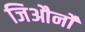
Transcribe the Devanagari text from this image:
जिऔर्नो